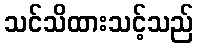
သင်သိထားသင့်သည်